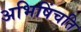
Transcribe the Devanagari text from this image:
अभिषिंचति